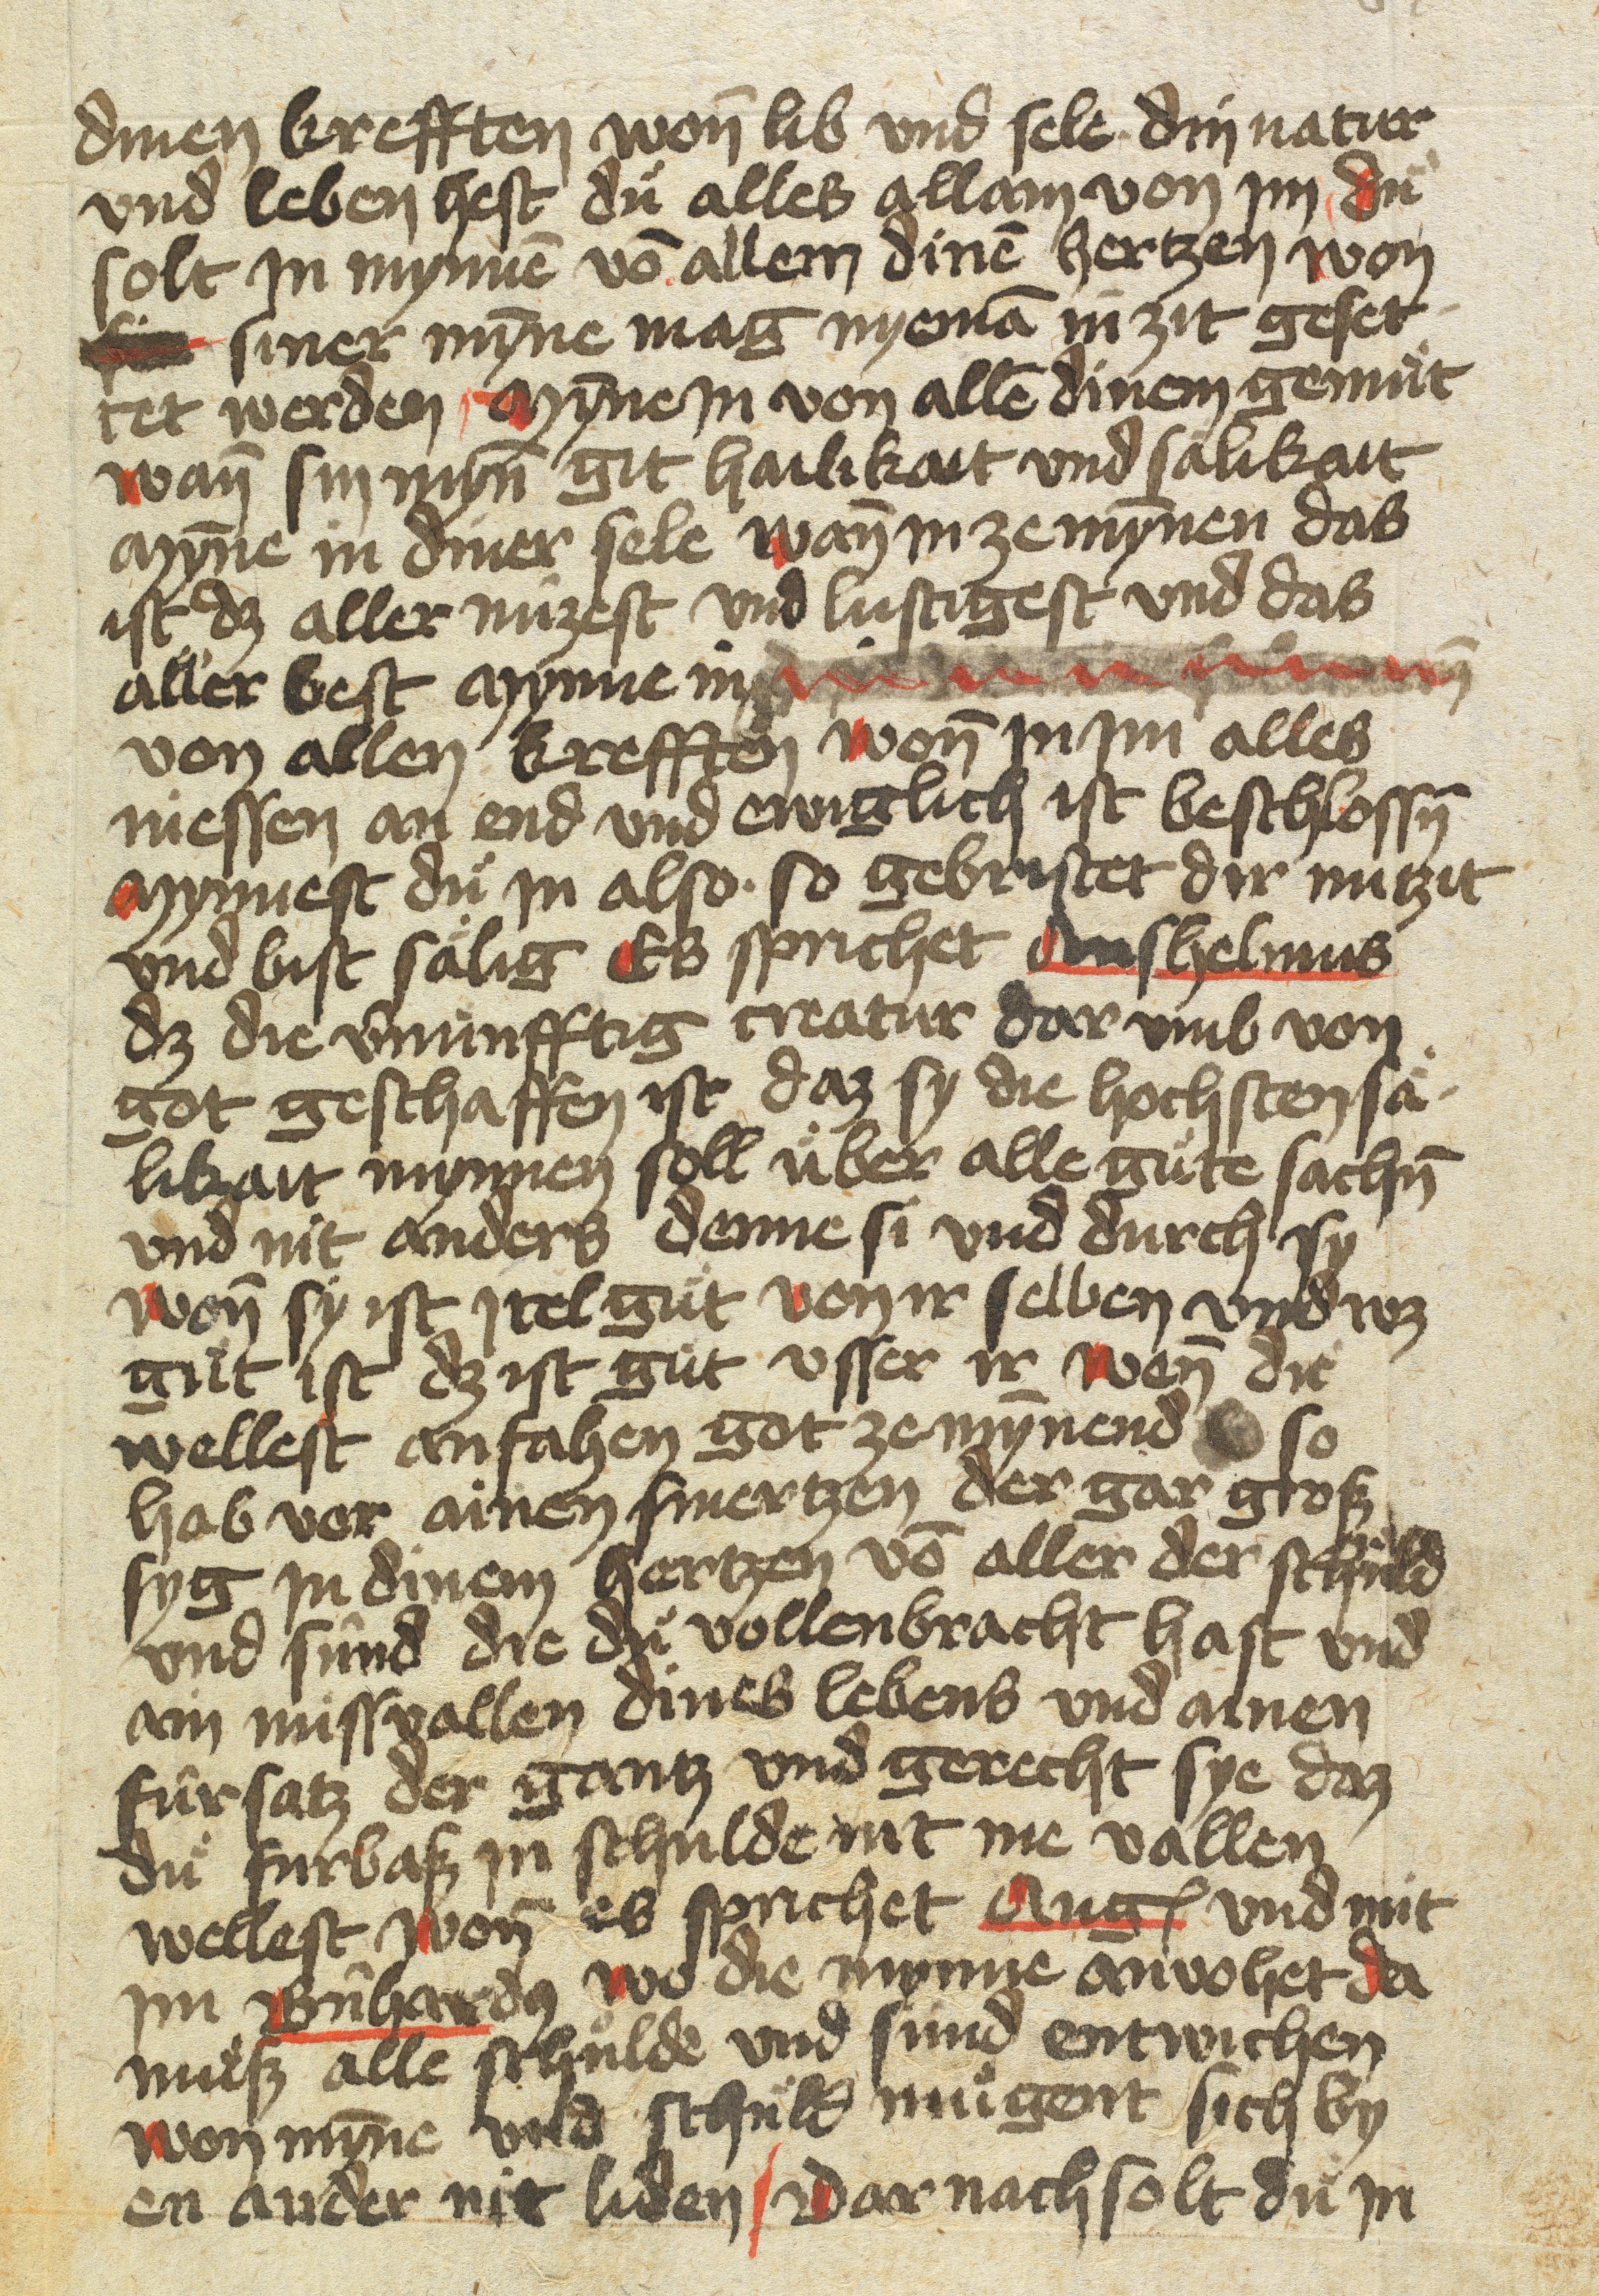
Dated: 1400–1499